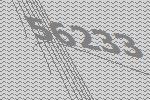
56233